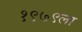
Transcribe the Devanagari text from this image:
१९७९ला